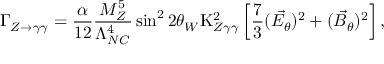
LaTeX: \Gamma _ { Z \rightarrow \gamma \gamma } = \frac { \alpha } { 1 2 } \frac { M _ { Z } ^ { 5 } } { \Lambda _ { N C } ^ { 4 } } \sin ^ { 2 } 2 \theta _ { W } \mathrm { K } _ { Z \gamma \gamma } ^ { 2 } \left[ \frac { 7 } { 3 } ( { \vec { E _ { \theta } } } ) ^ { 2 } + ( { \vec { B _ { \theta } } } ) ^ { 2 } \right] ,